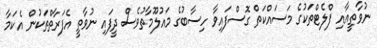
ނުވާތީއާއި ފްލެޓްތަކުގެ މަސައްކަތް ގޮސްފައިވާ ހިސާބުގެ މައުލޫމާތުވެސް ދީފައި ނުވާތީ އެފަރާތްތަކުން އެކަމާ